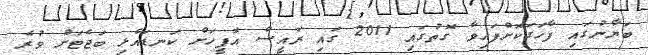
ބަޔާނުގައި ފާހަގަކޮށްފައިވާ ގޮތުގައި 2011 ގައި ރައީސް އޮފީހަށް ކަނޑައެޅި ބަޖެޓަށް ވުރެ